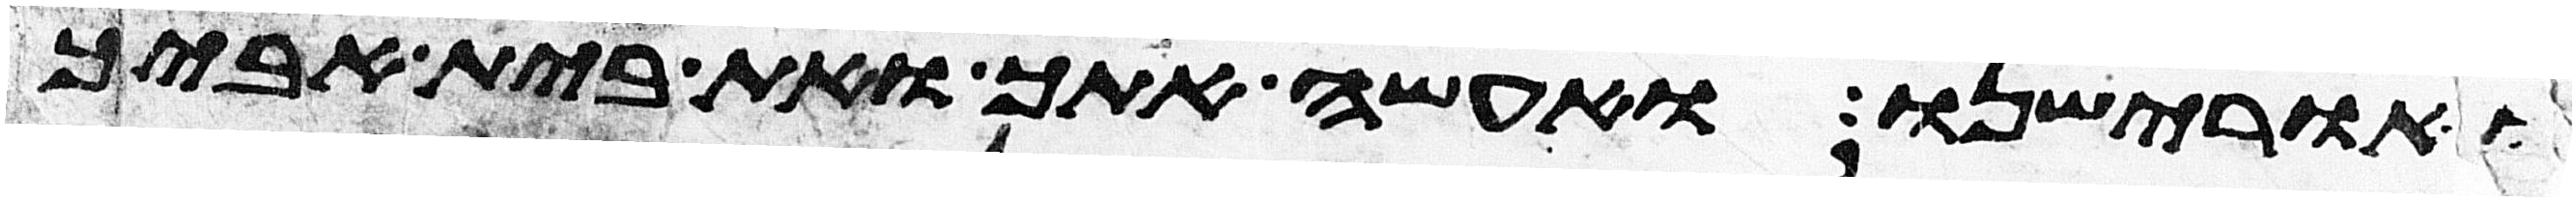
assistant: ואורישנו ואעשה אתך ואת בית אביך